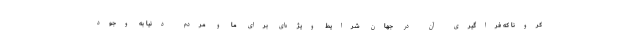
کرونا که فراگیری آن در جهان شرایط ویژه‌ای برای ما و مردم دنیا به وجود